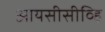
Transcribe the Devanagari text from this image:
आयसीसीव्हि